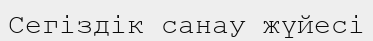
Сегiздiк санау жүйесi